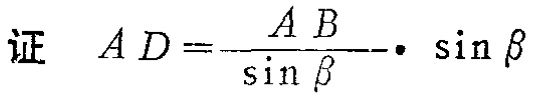
证 \(AD = \frac{AB}{\sin\beta}\cdot\sin\beta\)